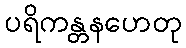
ပရိကန္တနဟေတု